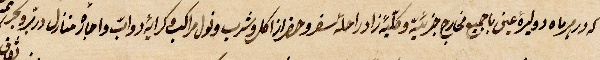
.... ليرة عين ياجميع مخارج جزئية وكلية زاد راحله سفر وحضرات اكل وشرب مراكل مرائية دوايّ واجاره منازل ....